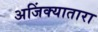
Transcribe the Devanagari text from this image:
अजिंक्यातारा